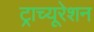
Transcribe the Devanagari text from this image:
ट्राच्यूरेशन